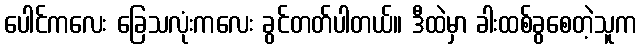
ပေါင်ကလေး ခြေသလုံးကလေး ခွင်တတ်ပါတယ်။ ဒီထဲမှာ ခါးထစ်ခွစေတဲ့သူက